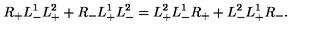
R _ { + } L _ { - } ^ { 1 } L _ { + } ^ { 2 } + R _ { - } L _ { + } ^ { 1 } L _ { - } ^ { 2 } = L _ { + } ^ { 2 } L _ { - } ^ { 1 } R _ { + } + L _ { - } ^ { 2 } L _ { + } ^ { 1 } R _ { - } .